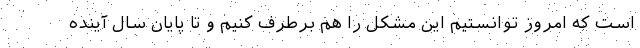
است که امروز توانستیم این مشکل را هم برطرف کنیم و تا پایان سال آینده